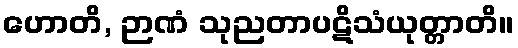
ဟောတိ, ဉာဏံ သုညတာပဋိသံယုတ္တာတိ။